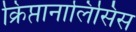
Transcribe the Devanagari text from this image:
क्रिप्तानालिसिस